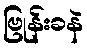
ဗြုန်းခနဲ